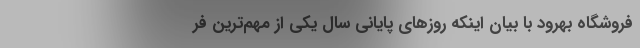
فروشگاه بهرود با بیان اینکه روز‌های پایانی سال یکی از مهم‌ترین فر